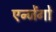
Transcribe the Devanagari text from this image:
एन्जेंगो